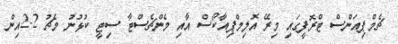
ޗެމްޕިއަންސް ޓްރޮފީގައި މިރޭ އޮލިމްޕިއާކޯސް އާއި މެންޗެސްޓާ ސިޓީ ކުޅުނު މެޗު 2-2އިން